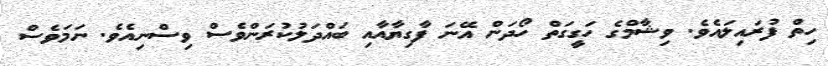
ހިތް ފުރައިލައެވެ. ވިޝާމްގެ ހަގީގަތް ހޯދަން އޭނަ ފާގިޔާއާއި ބައްދަލުކުރަންވެސް ވިސްނިއެވެ. ނަމަވެސް